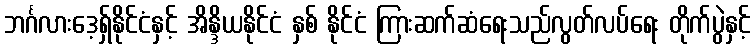
ဘင်္ဂလားဒေ့ရှ်နိုင်ငံနှင့် အိန္ဒိယနိုင်ငံ နှစ် နိုင်ငံ ကြားဆက်ဆံရေးသည်လွတ်လပ်ရေး တိုက်ပွဲနှင့်